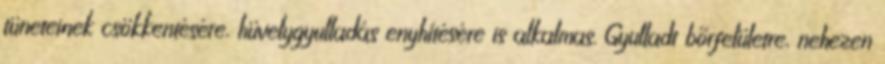
tüneteinek csökkentésére, hüvelygyulladás enyhítésére is alkalmas. Gyulladt bőrfelületre, nehezen